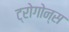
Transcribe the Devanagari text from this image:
ट्रोगोन्स